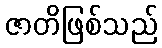
ဇာတိဖြစ်သည်